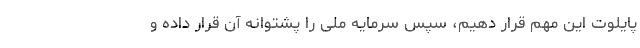
پایلوت این مهم قرار دهیم، سپس سرمایه ملی را پشتوانه آن قرار داده و